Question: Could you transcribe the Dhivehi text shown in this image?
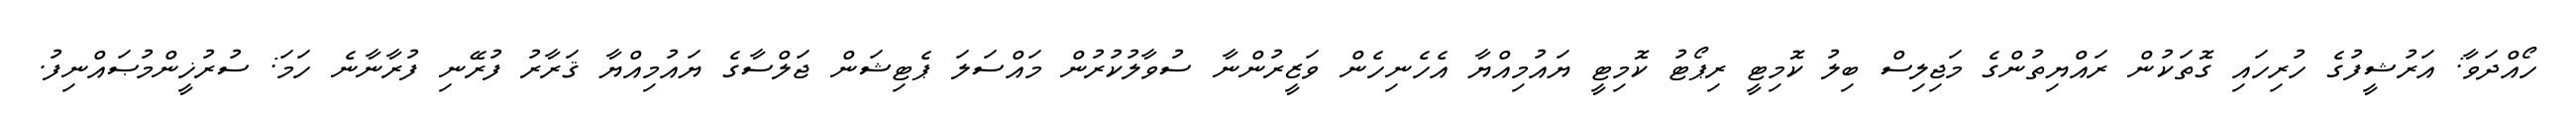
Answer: ހޯއްދަވާ: އަރުޝީފުގެ ހުރިހައި ގޮތަކުން ރައްޔިތުންގެ މަޖިލިސް ބިލު ކޮމިޓީ ރިޕޯޓު ކޮމިޓީ ޔައުމިއްޔާ އެހެނިހެން ވަޒީރުންނާ ސުވާލުކުރުން މައްސަލަ ޕެޓިޝަން ޖަލްސާގެ ޔައުމިއްޔާ ޤަރާރު ފުރޭނި ފުރާނާނެ ހަމަ: ސުރުޚީންމުޞައްނިފު.